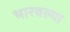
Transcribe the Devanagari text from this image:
भारवल्या